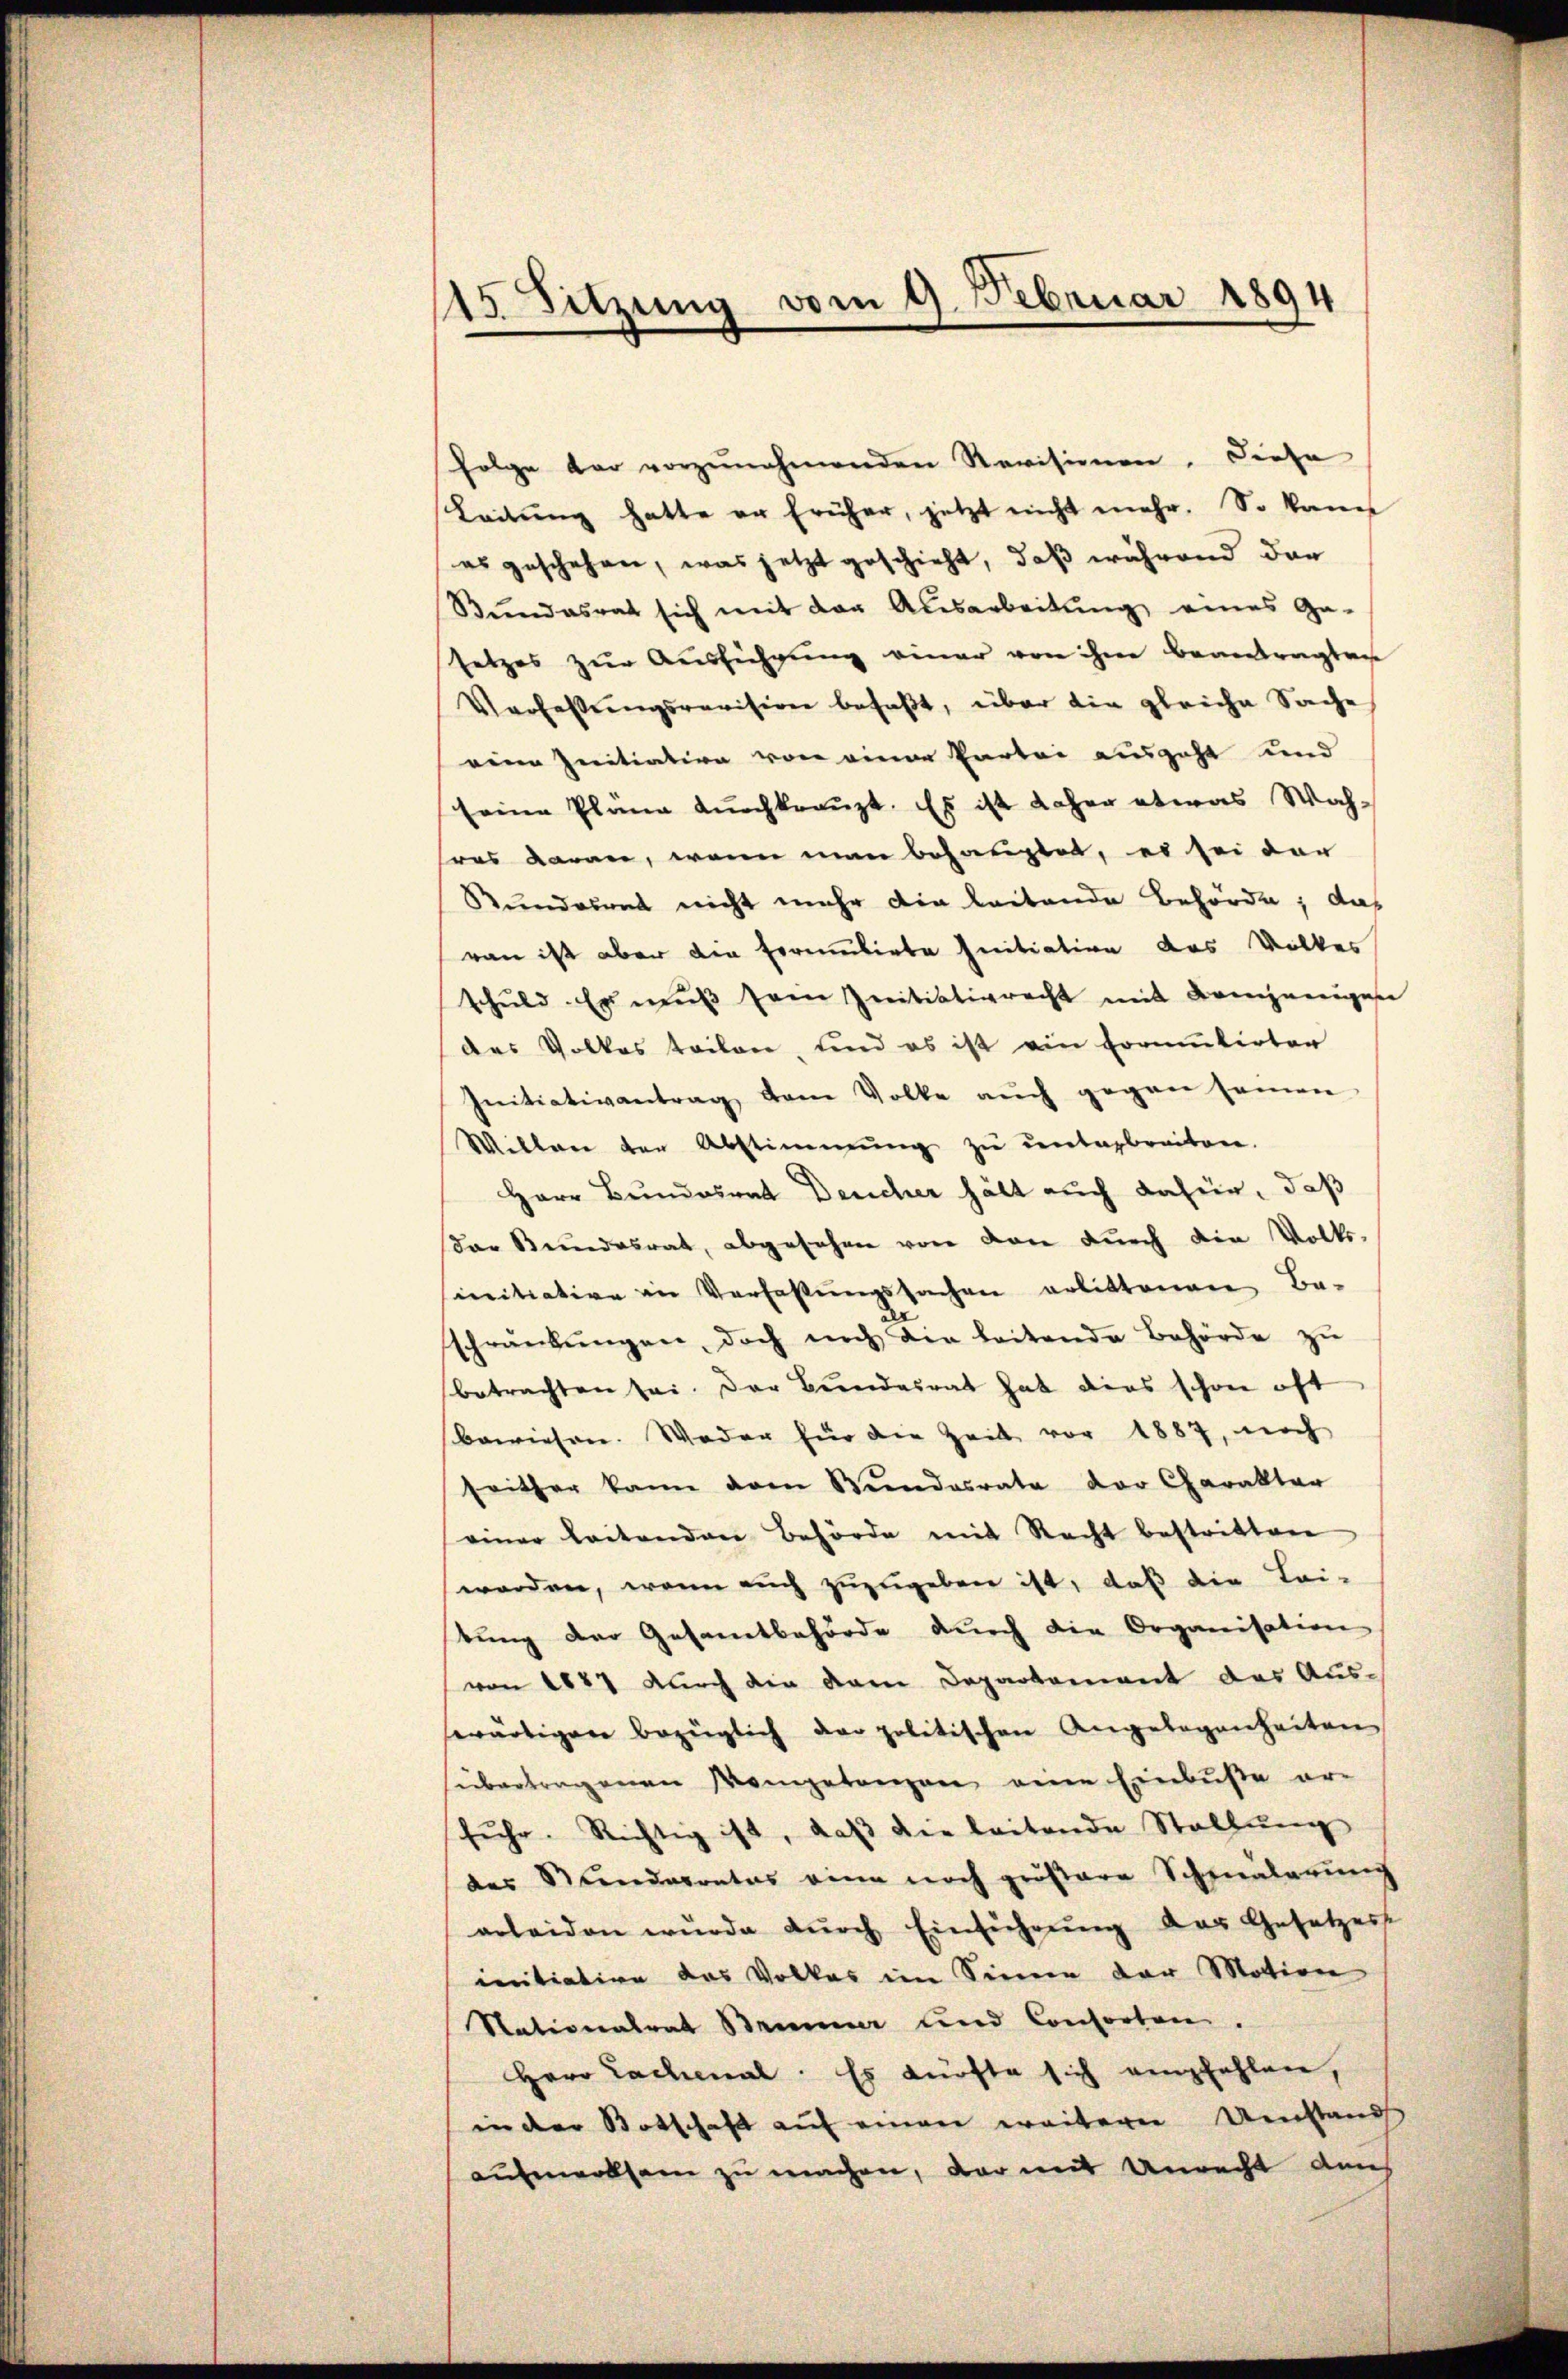
15. Sitzung vom 9. Februar 1894

folge dar vorzŭnehmenden Revisionen. Diese
Leitung hatte an früher, jetzt nicht mehr. So kann
es geschehen, was jetzt geschieht, daß während der
Bŭndesrat sich mit der Ausarbeitŭng eines Ga-
setzes zur Ausführung einer von ihm beantragten
Verfaßungsrevision befaßt, über die gleiche Sache
eine Initiation von einer Partei ausgeht und
seine Pläne durchkreuzt. Es ist daher etwas Wah-
ras daran, wenn man behauptet, es sei der
Bunderend nicht mehr die leitende Behörde; das
ran ist aber die Errimitirte Initiation des Volkes
schŭld. Er muß sein Initiativrecht mit demjenigen
des Volkes teilen, und es ist ein Formulirter
Initiativantrag dem Volke aŭch gegen seinen
Willen der Abstimmung zŭ ŭnterbreiten.
Herr Bundesrat Deucher hält auch dafür, daß
dar Bundesrat, abgesehen von den dŭrch die Volks-
mitiative in Verfassŭngssachen erlittenen Be-
schränkungen, doch noch die leitende Behörde zu
betrachten sei. Der Bundesrat hat dies schon oft
bewiesen. Weder für die Zeit vor 1887, noch
seither kann dann Bundesrate der Charakter
einer leitenden Behörde mit Recht bestritten
worden, wenn auch zuzugeben ist, daß die Lei-
tung der Gesamtbehörde durch die Organisation
von 1847 durch die dem Departement das Aus-
sewärtigen bezüglich der politischen Angelegenheiten
übertragenen Mangetanzen eine Einbuße er-
fŭhr. Richtig ist, daβ die leitende Stellŭng
des Standerrates eine noch größere Schmalerung
erleiden würde dŭrch Einführŭng der Gesetzess
initiation des Volkes im Sinne der Motion
Stationalrat Briner und Consorten.
Herr Lachmal. Es dürfte sich empfehlen,
in der Botschaft auf einen weiterer Umstand
aufmerksam zu machen, dar mit Unrecht auch